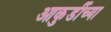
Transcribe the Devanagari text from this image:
आकुर्डीच्या